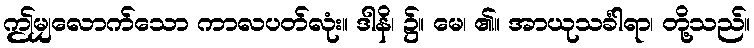
ဤမျှလောက်သော ကာလပတ်လုံး။ ဒါနိ၊ ၌။ မေ၊ ၏။ အာယုသင်္ခါရာ၊ တို့သည်။